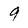
Character: 9